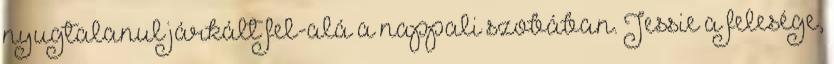
nyugtalanul járkált fel-alá a nappali szobában. Jessie a felesége,